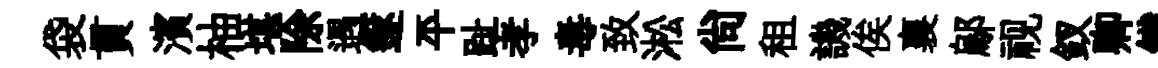
袋貫濱柚堪除遇篴平趾孝毒致淞尙租譏俟襄鄔视釵卿鐵